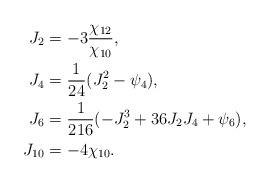
LaTeX: \begin{align*} J_2&=-3\frac{\chi_{12}}{\chi_{10}}, \\ J_4&=\frac1{24}(J_2^2-\psi_4), \\ J_6&=\frac1{216}(-J_2^3+36J_2J_4+\psi_6), \\ J_{10}&=-4\chi_{10}.\end{align*}